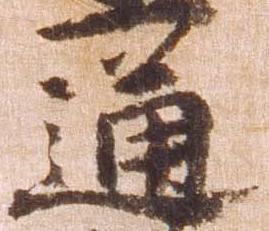
通